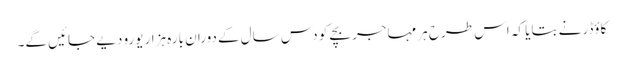
کاؤڈر نے بتایا کہ اس طرح ہر مہاجر بچے کو دس سال کے دوران بارہ ہزار یورو دیے جائیں گے۔